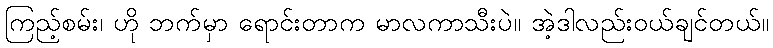
ကြည့်စမ်း၊ ဟို ဘက်မှာ ရောင်းတာက မာလကာသီးပဲ။ အဲ့ဒါလည်းဝယ်ချင်တယ်။